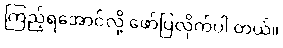
ကြည့်ရအောင်လို့ ဖော်ပြလိုက်ပါ တယ်။